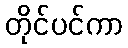
တိုင်ပင်ကာ